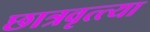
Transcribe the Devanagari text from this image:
छात्रवृत्त्या